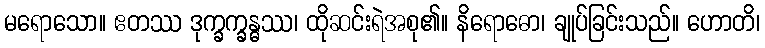
မရောသော။ ဧတဿ ဒုက္ခက္ခန္ဓဿ၊ ထိုဆင်းရဲအစု၏။ နိရောဓော၊ ချုပ်ခြင်းသည်။ ဟောတိ၊